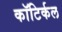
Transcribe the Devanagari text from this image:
कॉटिर्कल